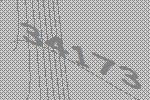
34173